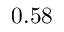
0 . 5 8